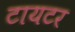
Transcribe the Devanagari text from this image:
टायटर